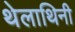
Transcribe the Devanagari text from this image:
थेलाथिनी